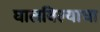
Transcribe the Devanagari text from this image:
घालविल्याचा